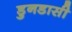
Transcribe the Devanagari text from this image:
डुनडासी